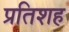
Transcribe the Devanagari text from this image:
प्रतिशह